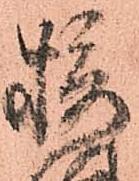
摂